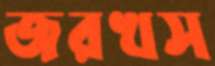
জরখস